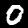
Digit: 0